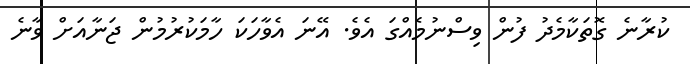
ކުރާނެ ގޮތަކާމެދު ފުން ވިސްނުމެއްގަ އެވެ. އޭނަ އެވާހަކަ ހާމަކުރުމުން ޖަނާއަށް ވާނެ